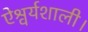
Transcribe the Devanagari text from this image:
ऐश्वर्यशाली।